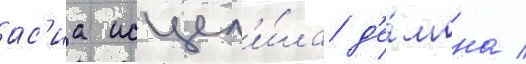
ас'иа исцел'и́ла д'е́мона /